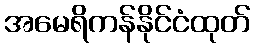
အမေရိကန်နိုင်ငံထုတ်